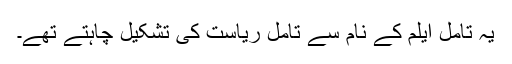
یہ تامل ایلم کے نام سے تامل ریاست کی تشکیل چاہتے تھے۔